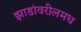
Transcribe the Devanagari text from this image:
झाडांवरीलमध